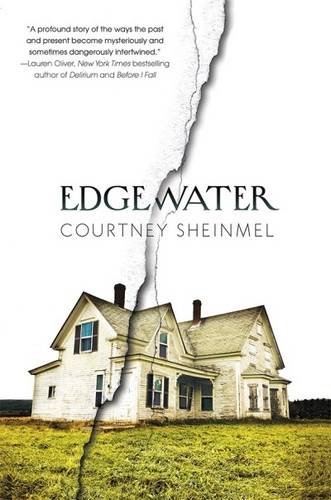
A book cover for Edgewater; Courtney Sheinmel; Teen & Young Adult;